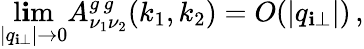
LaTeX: \operatorname*{l\mathbf{i}m}_{|q_{\mathbf{i}\perp}|\rightarrow0}A_{\nu_{1}\nu_{2}}^{g\, g}(k_{1},k_{2})=O(|q_{\mathbf{i}\perp}|)\, ,